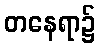
တနေရာ၌